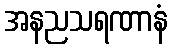
အနညသရဏာနံ